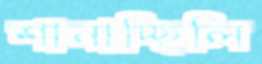
শানাচ্ছিলি